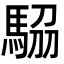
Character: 𩣒